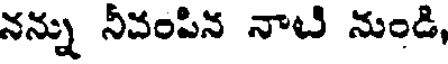
నన్ను నీవంపిన నాటి నుండి,